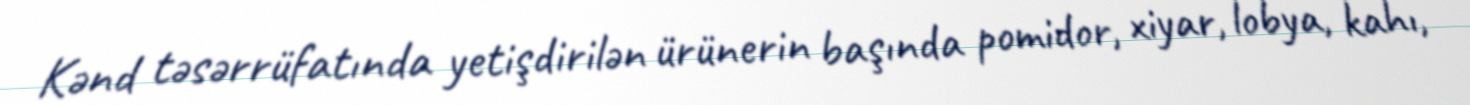
Kənd təsərrüfatında yetişdirilən ürünerin başında pomidor, xiyar, lobya, kahı,